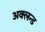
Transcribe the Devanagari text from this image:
अक्लन्ड